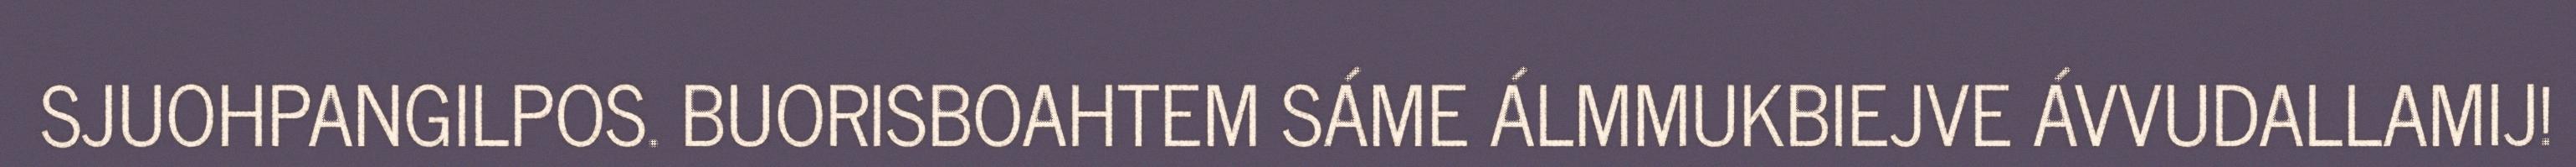
SJUOHPANGILPOS. BUORISBOAHTEM SÁME ÁLMMUKBIEJVE ÁVVUDALLAMIJ!